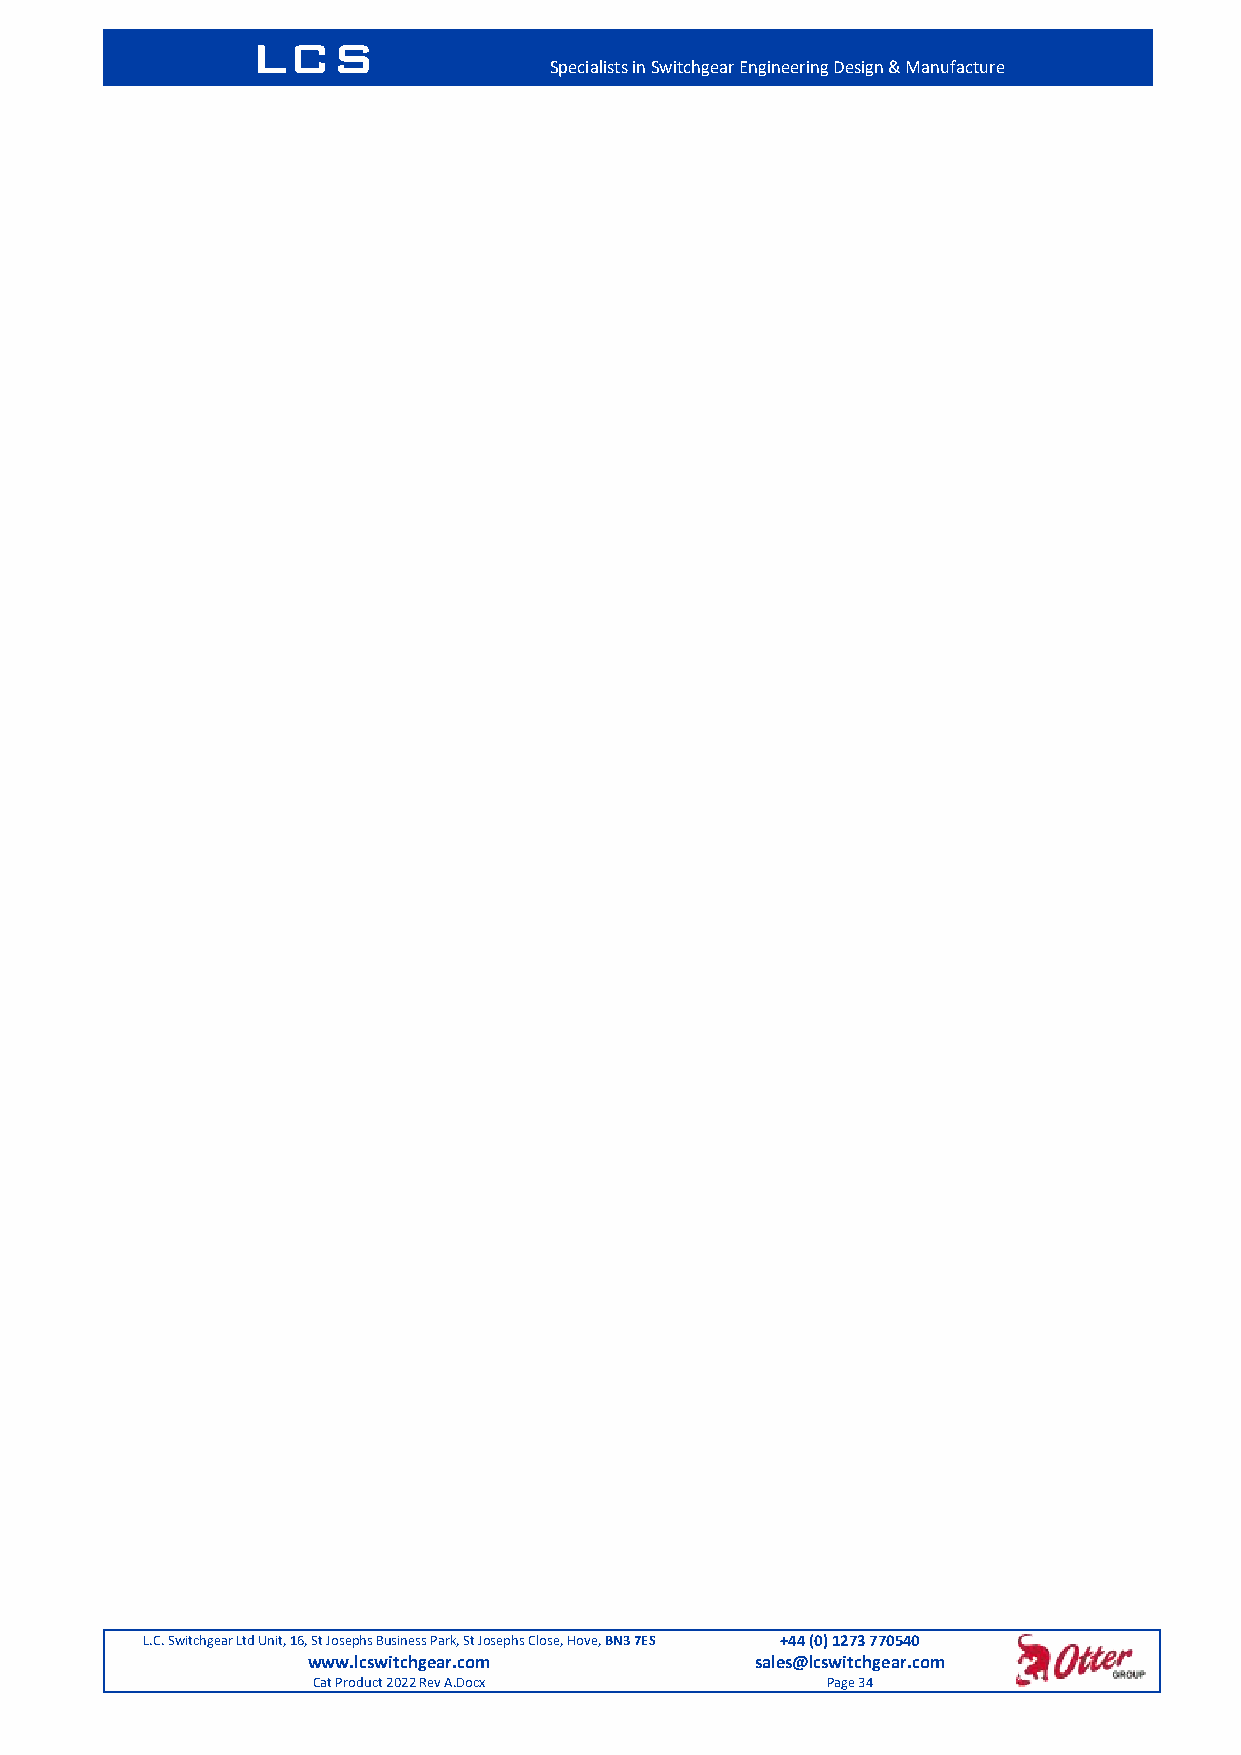
LCS
 Specialists in Switchgear Engineering Design & Manufacture
 L.C. Switchgear Ltd Unit, 16, St Josephs Business Park, St Josephs Close, Hove, BN3 7ES +44 (0) 1273 770540
 www.lcswitchgear.com          sales@lcswitchgear.com
 Cat Product 2022 Rev A.Docx       Page 34